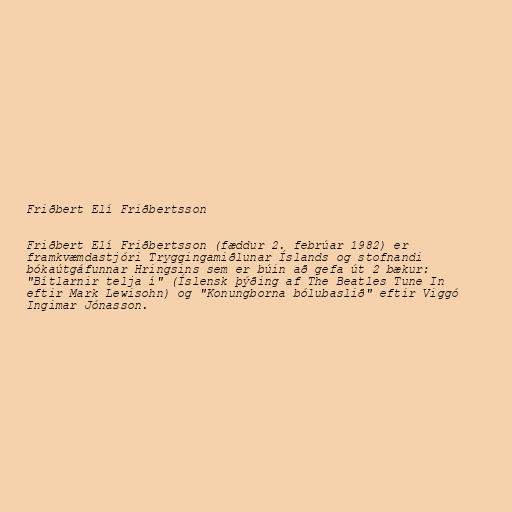
Friðbert Elí Friðbertsson

Friðbert Elí Friðbertsson (fæddur 2. febrúar 1982) er
framkvæmdastjóri Tryggingamiðlunar Íslands og stofnandi
bókaútgáfunnar Hringsins sem er búin að gefa út 2 bækur:
"Bítlarnir telja í" (Íslensk þýðing af The Beatles Tune In
eftir Mark Lewisohn) og "Konungborna bólubaslið" eftir Viggó
Ingimar Jónasson.